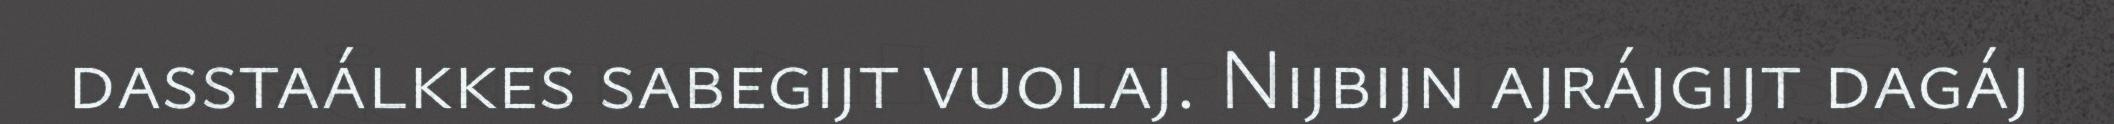
dasstaálkkes sabegijt vuolaj. Nijbijn ajrájgijt dagáj